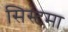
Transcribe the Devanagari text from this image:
सिस्टमा